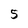
Character: 5